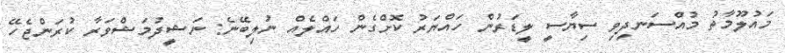
މައުލޫމާތު މުއްސަނދިވި ސިޔާސީ ލީޑަރުން ހައްޔަރު ކޮށްގެން ހައްލެއް ނުލިބޭނެ: ނަޝީދުމަޝްވަރާ ކުރަންޖެހޭ